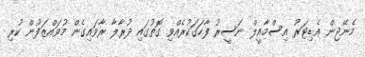
މެނޭޖިން އެޑިޓަރު އިސްމާއީލް ނަސީރު ފާހަގަކުރެއްވި ގޮތުގައި ދުރާލާ ރާވައިގެން މުވައްޒަފުން ކުރި